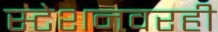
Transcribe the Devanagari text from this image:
स्टेशनवरही